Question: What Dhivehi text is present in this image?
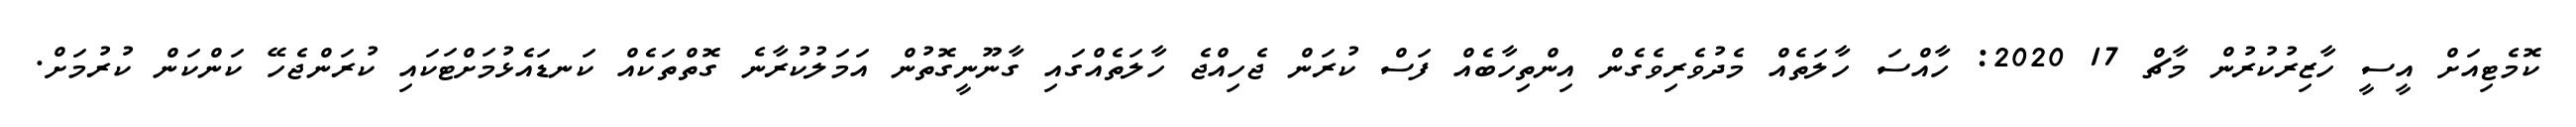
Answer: ކޮމެޓިއަށް އީސީ ހާޒިރުކުރުން މާޗް 17 2020: ހާއްސަ ހާލަތެއް މެދުވެރިވެގެން އިންތިހާބެއް ފަސް ކުރަން ޖެހިއްޖެ ހާލަތެއްގައި ގާނޫނީގޮތުން އަމަލުކުރާނެ ގޮތްތަކެއް ކަނޑައެޅުމަށްޓަކައި ކުރަންޖެހޭ ކަންކަން ކުރުމަށް.